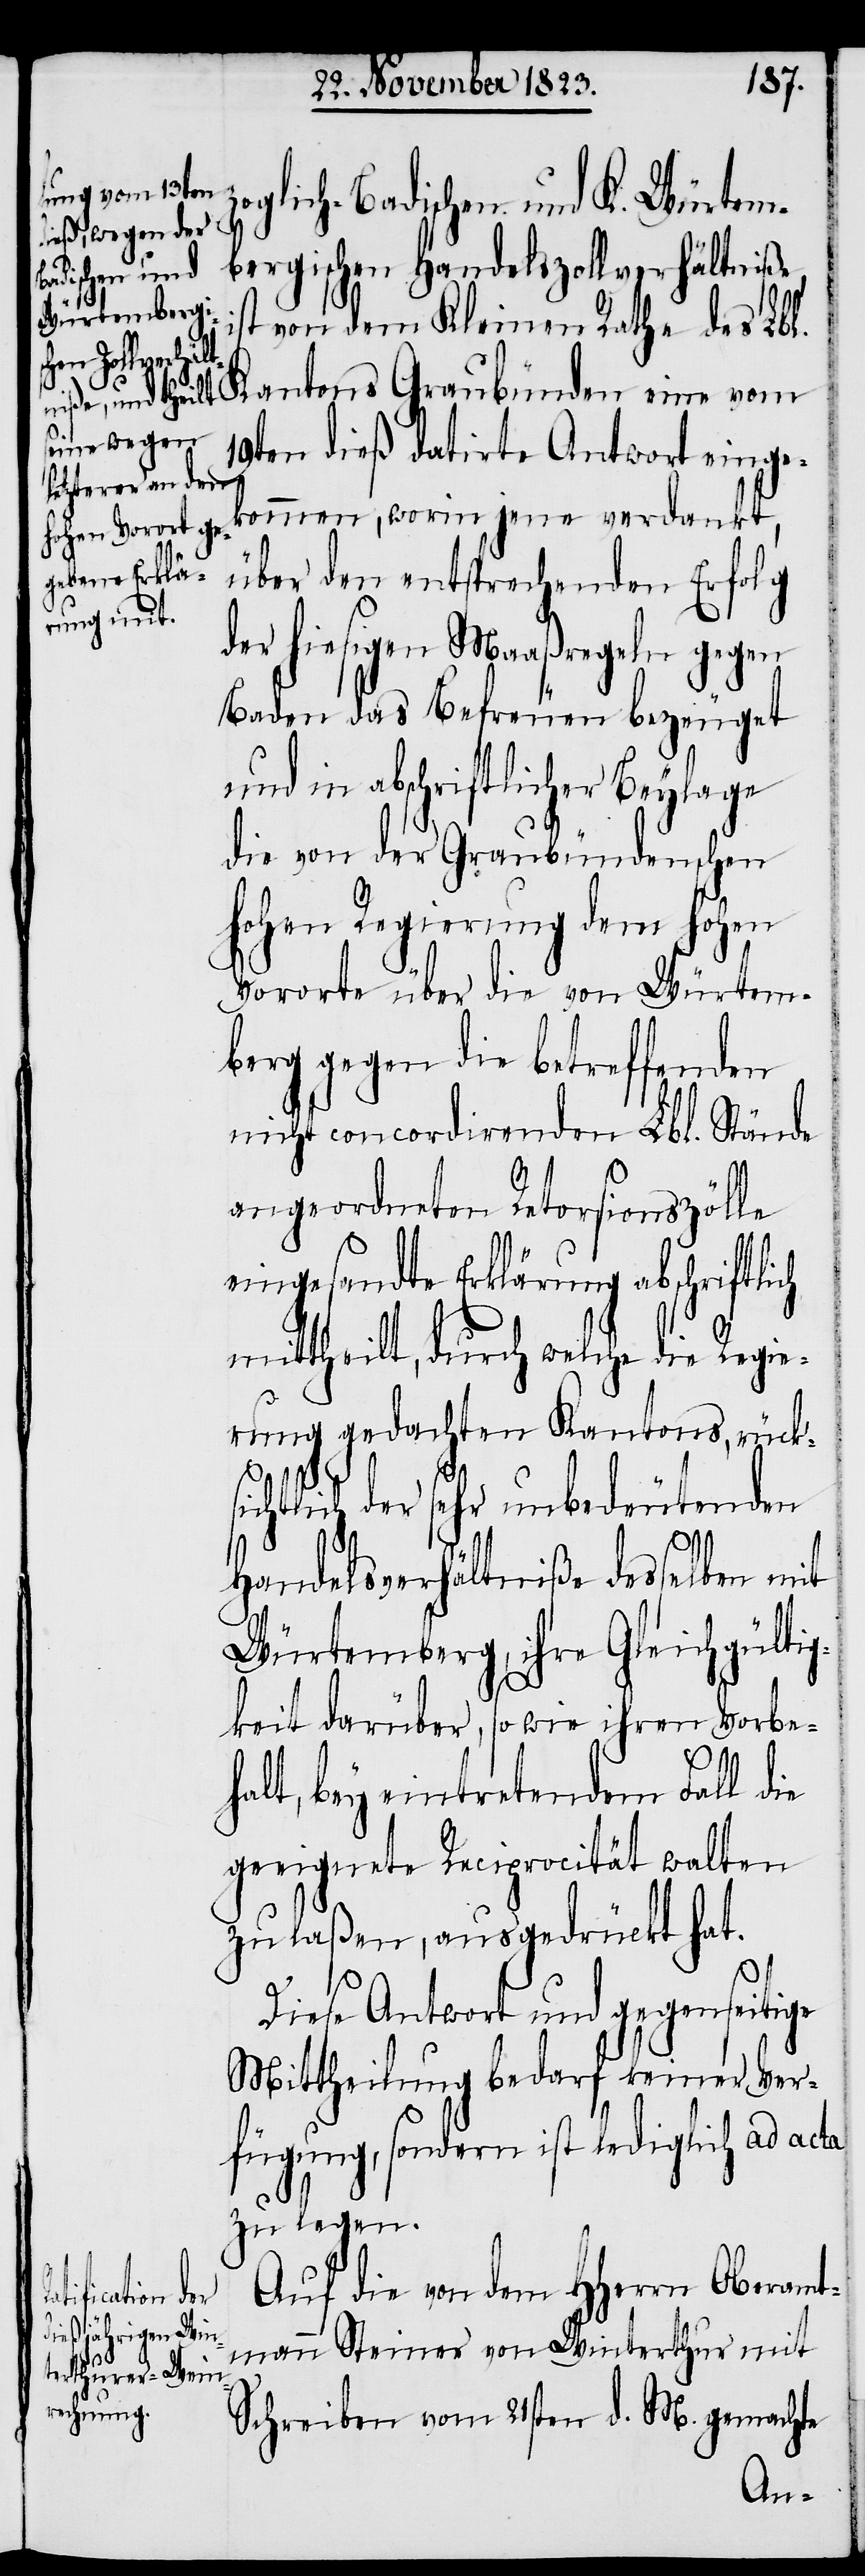
zoglich-Badischen und K. Würtem¬
bergischen Handelszollverhältniße,
ist von dem Kleinen Rathe des Lbl.
Kantons Graubünden eine vom
19ten dieß datirte Antwort einge¬
kommen, worin jene verdankt,
über den entsprechenden Erfolg
der hiesigen Maaßregeln gegen
Baden das Befreuen bezeuget
und in abschriftlicher Beylage
die von der Graubündenschen
hohen Regierung dem hohen
Vororte über die von Würtem¬
berg gegen die betreffenden
nicht concordirenden Lbl. Stände
angeordneten Retorsionszölle
eingesandte Erklärung abschriftli¬
mittheilt, durch welche die Regie¬
rung gedachten Kantons, rücks¬
ichtlich der sehr unbedeutenden
Handelsverhältniße desselben mit
Würtemberg, ihre Gleichgültig¬
keit darüber, so wie ihren Vorbe¬
ch
halt, bey eintretendem Fall die
geeignete Reciprocität walten
zu laßen, ausgedrückt hat.
Diese Antwort und gegenseitige
Mittheilung bedarf keiner Ver¬
fügung, sondern ist lediglich ad acta
zu legen.
Auf die von dem HHerrn Oberamt¬
mann Steiner von Winterthur mit
Schreiben vom 21sten d. M. gemachte